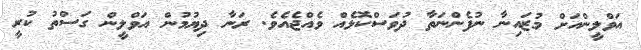
އަވްލީންއަށް މުޒައިނާ ނުފެންނަތާ ދުވަސްކޮޅެއް ވެއްޖެއެވެ. ރަނާ ދިޔުމުން އަވްލީން ގަސްތު ކުރީ